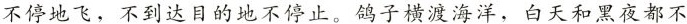
不停地飞，不到达目的地不停止。鸽子横渡海洋，白天和黑夜都不